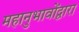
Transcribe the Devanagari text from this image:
महानुभावोंद्वारा